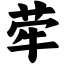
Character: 荦